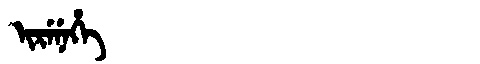
Manchu: ᡳᡵᡝᠨᡝᡥᡝ
Romanization: IRENEHE